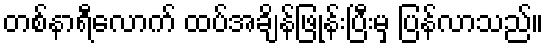
တစ်နာရီလောက် ထပ်အချိန်ဖြုန်းပြီးမှ ပြန်လာသည်။